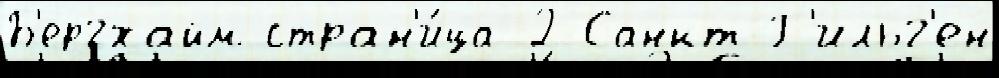
Б'ергхайм стран'и́ца 2 Санкт-Г'ильг'ен